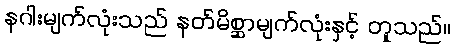
နဂါးမျက်လုံးသည် နတ်မိစ္ဆာမျက်လုံးနှင့် တူသည်။